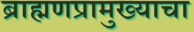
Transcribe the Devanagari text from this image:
ब्राह्मणप्रामुख्याचा